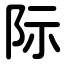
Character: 际